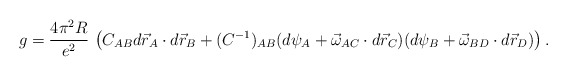
\begin{align*}g=\frac{4\pi^2 R}{e^2}\,\left(C_{AB}d\vec r_A\cdot d\vec r_B + (C^{-1})_{AB} (d\psi_A+\vec \omega_{AC}\cdot d\vec r_C)(d\psi_B+\vec \omega_{BD} \cdot d\vec r_D)\right) .\end{align*}